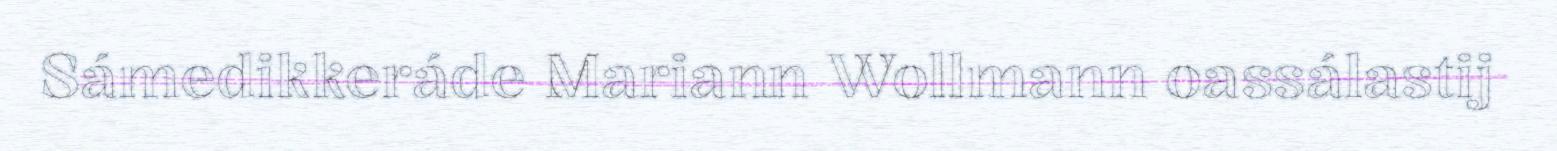
Sámedikkeráde Mariann Wollmann oassálastij